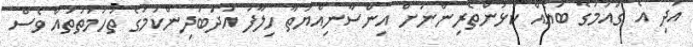
އަދި އެ ގައުމުގެ ބައެއް ކުޅުންތެރިންނަށް އިންސާނިއްޔަތާ ހިލާފު އަދަބުދިންކަމުގެ ތުހުމަތުތައް ވެސް